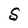
Character: S